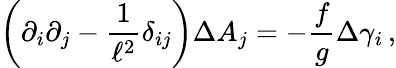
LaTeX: \left(\partial_{i}\partial_{j}-\frac{1}{\ell^{2}}\delta_{ij}\right)\Delta A_{j}=-\frac{f}{g}\Delta\gamma_{i}\, ,